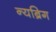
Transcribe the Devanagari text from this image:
न्यब्रिग